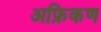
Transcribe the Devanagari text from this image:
अफ्रिकण